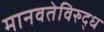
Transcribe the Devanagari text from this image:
मानवतेविरुद्ध